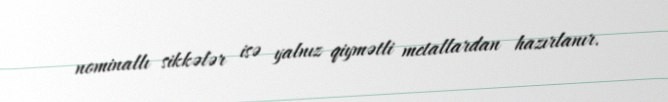
nominallı sikkələr isə yalnız qiymətli metallardan hazırlanır.